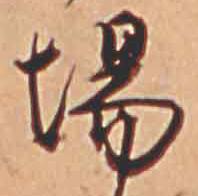
場